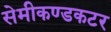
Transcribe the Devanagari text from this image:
सेमीकण्डकटर